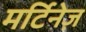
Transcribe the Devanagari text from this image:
मर्टिनेज़